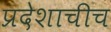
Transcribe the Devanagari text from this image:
प्रदेशाचीच